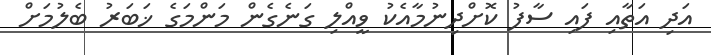
އަދި އަތާއި ފައި ސާފު ކޮށްދިނުމާއެކު ވީއްލި ގަނެގެން މަންމަގެ ޚަބަރު ބެލުމަށް